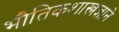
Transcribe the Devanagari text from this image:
भौतिकशास्त्रज्ञाने